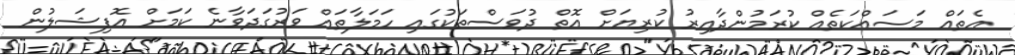
އެތައް މަސައްކަތެއް ކުރަމުންދާއިރު ކުރިޔަށް އޮތް ދުވަސްތަކުގައި ހަމަލާތައް ވަރުގަދަވާނެ ކަމަށް އޮފިޝަލުން